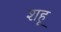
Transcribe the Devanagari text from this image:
शहू